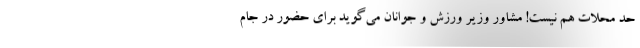
حد محلات هم نیست! مشاور وزیر ورزش و جوانان می‌گوید برای حضور در جام